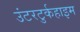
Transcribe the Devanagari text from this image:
उंटरटुर्कहाइम